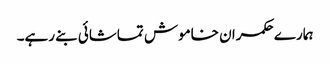
ہمارے حکمران خاموش تماشائی بنے رہے۔